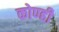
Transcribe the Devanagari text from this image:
कोण्ही